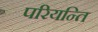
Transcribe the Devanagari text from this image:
परियन्ति